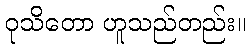
ဝုသိတော ဟူသည်တည်း။